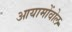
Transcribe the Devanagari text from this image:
आयामोंवोल